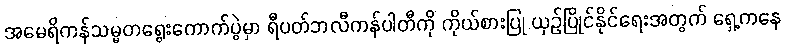
အမေရိကန်သမ္မတရွေးကောက်ပွဲမှာ ရီပတ်ဘလီကန်ပါတီကို ကိုယ်စားပြု ယှဉ်ပြိုင်နိုင်ရေးအတွက် ရှေ့ကနေ